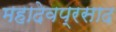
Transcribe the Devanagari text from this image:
महादेवप्रसाद